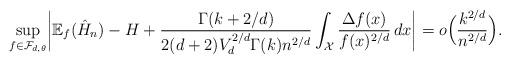
LaTeX: \begin{align*}\sup_{f \in \mathcal{F}_{d,\theta}}\biggl| \mathbb{E}_f(\hat{H}_n) - H + \frac{\Gamma(k+2/d)}{2(d+2)V_d^{2/d}\Gamma(k)n^{2/d}} \int_\mathcal{X} \frac{\Delta f(x)}{f(x)^{2/d}} \,dx\biggr| = o\Bigl(\frac{k^{2/d}}{n^{2/d}}\Bigr).\end{align*}